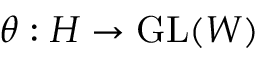
\theta : H \to { \mathrm { G L } } ( W )